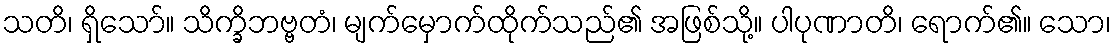
သတိ၊ ရှိသော်။ သိက္ခိဘဗ္ဗတံ၊ မျက်မှောက်ထိုက်သည်၏ အဖြစ်သို့။ ပါပုဏာတိ၊ ရောက်၏။ သော၊